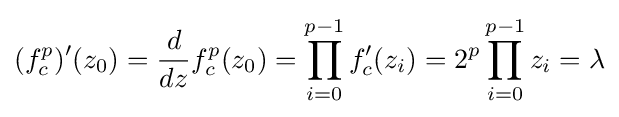
(f_{c}^{p})'(z_{0})={\frac {d}{dz}}f_{c}^{p}(z_{0})=\prod _{i=0}^{p-1}f_{c}'(z_{i})=2^{p}\prod _{i=0}^{p-1}z_{i}=\lambda